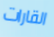
القارات